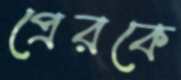
প্রেরকে